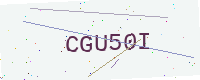
Text: CGU50I